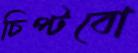
চিপ্‌টবো